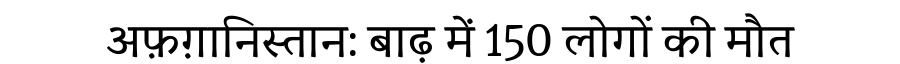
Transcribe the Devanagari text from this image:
अफ़ग़ानिस्तान: बाढ़ में 150 लोगों की मौत